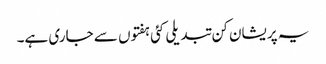
یہ پریشان کن تبدیلی کئی ہفتوں سے جاری ہے۔